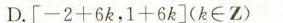
D.$$[ - 2 + 6 k ， 1 + 6 k ]$$( k \in Z )